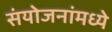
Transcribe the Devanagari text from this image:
संयोजनांमध्ये